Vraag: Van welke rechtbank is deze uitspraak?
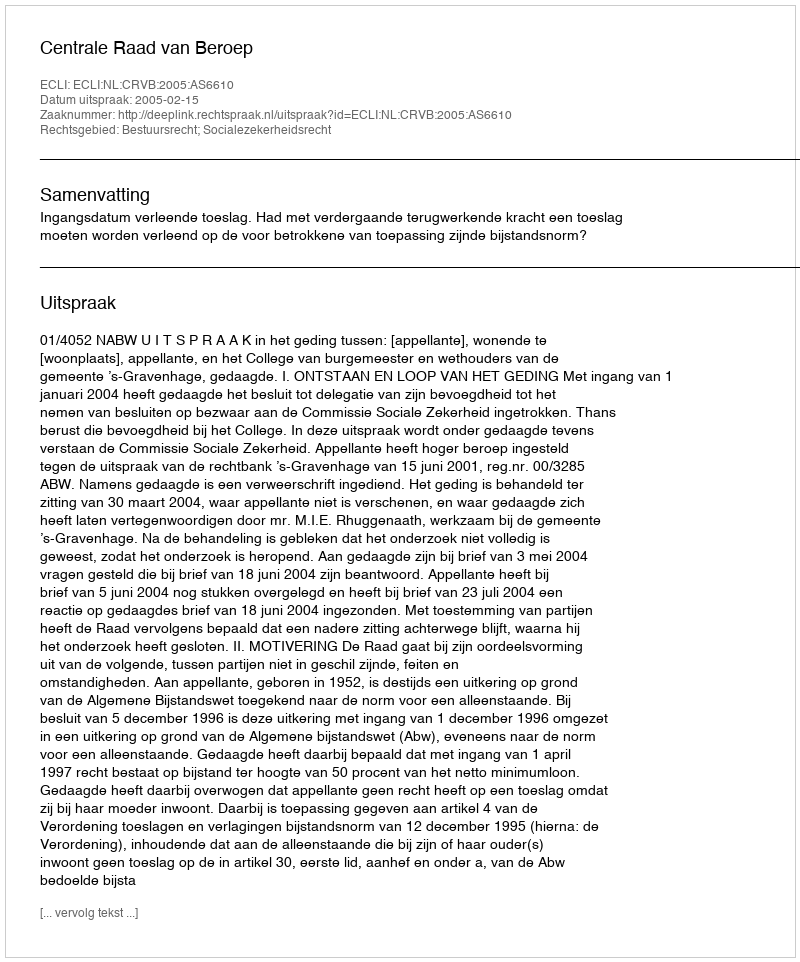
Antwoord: Centrale Raad van Beroep